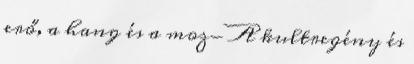
erő, a hang és a moz- A kultregény és